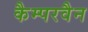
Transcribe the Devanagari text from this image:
कैम्परवैन